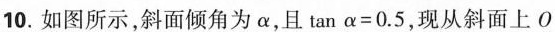
10.如图所示，斜面倾角为α，且$$\tan α = 0.5$$，现从斜面上O